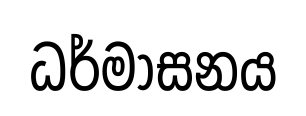
ධර්මාසනය